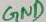
Text: GND